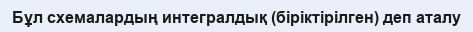
Бұл схемалардың интегралдық (біріктірілген) деп аталу